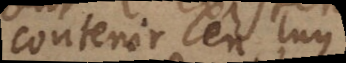
contenir en luy